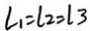
L _ { 1 } = l _ { 2 } = l _ { 3 }